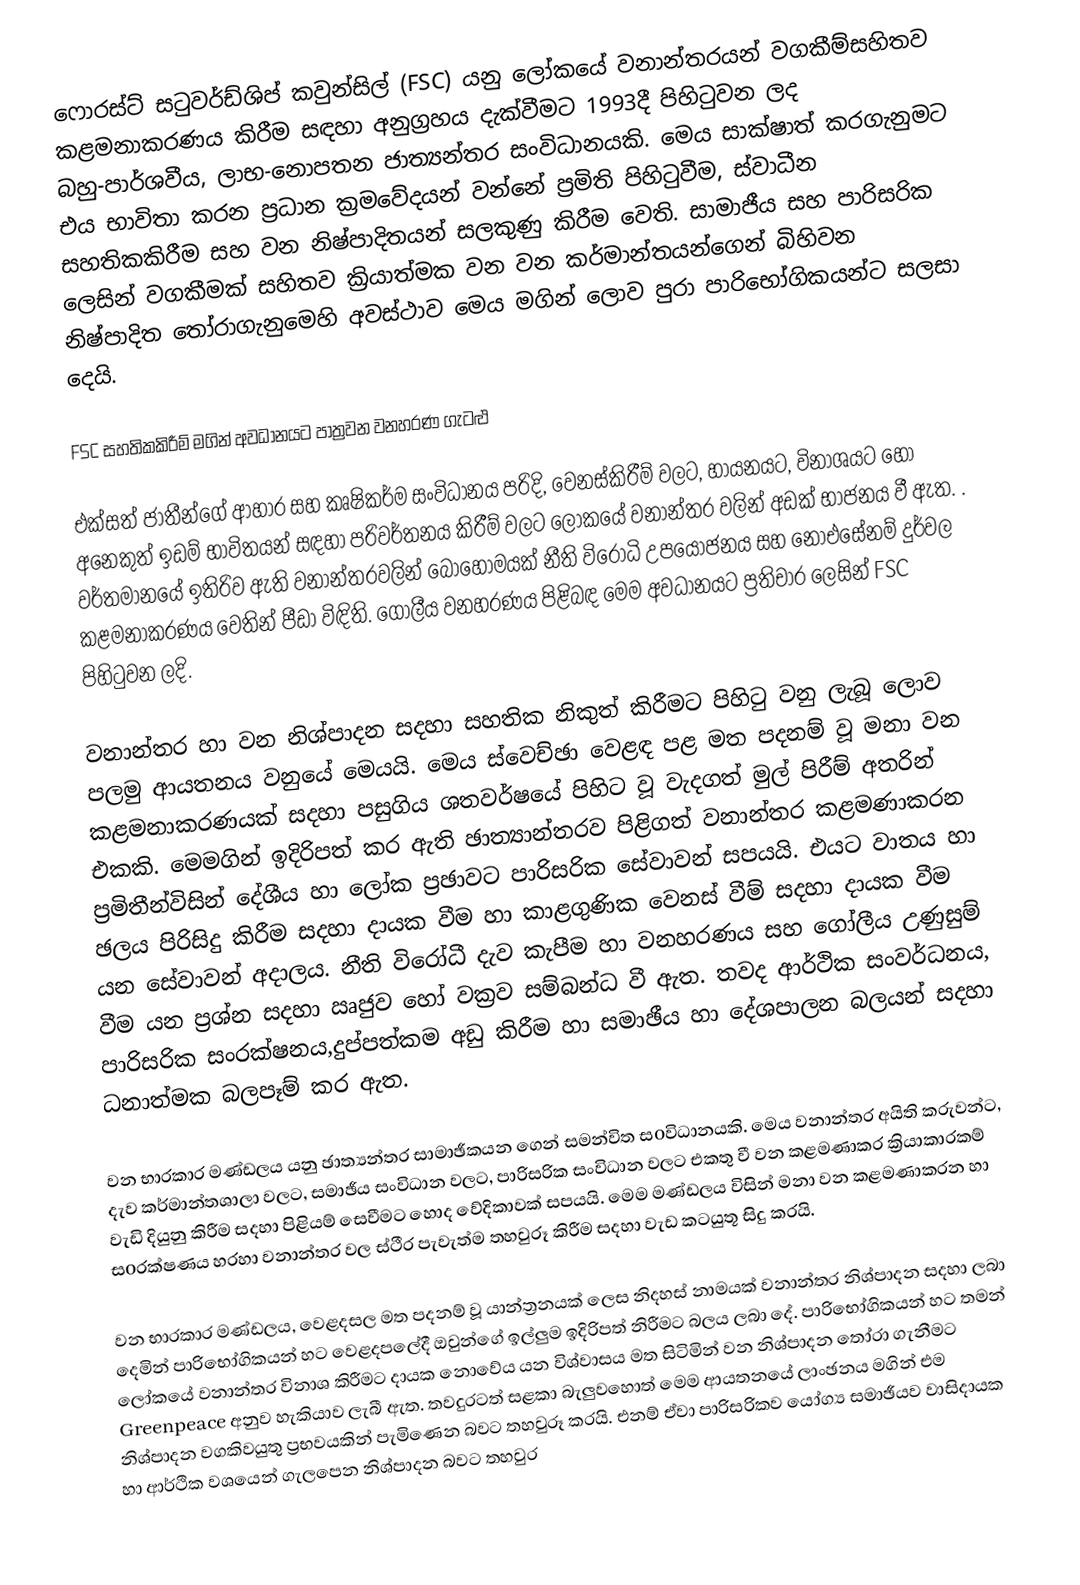
ෆොරස්ට් සටුවර්ඩ්ශිප් කවුන්සිල් (FSC) යනු ලෝකයේ වනාන්තරයන් වගකීම්සහිතව කළමනාකරණය කිරීම සඳහා අනුග්‍රහය දැක්වීමට 1993දී පිහිටුවන ලද බහු-පාර්ශවීය, ලාභ-නොපතන ජාත්‍යන්තර සංවිධානයකි. මෙය සාක්ෂාත් කරගැනුමට එය භාවිතා කරන ප්‍රධාන ක්‍රමවේදයන් වන්නේ ප්‍රමිති පිහිටුවීම, ස්වාධීන සහතිකකිරීම සහ වන නිෂ්පාදිතයන් සලකුණු කිරීම වෙති.  සාමාජීය සහ පාරිසරික ලෙසින් වගකීමක් සහිතව ක්‍රියාත්මක වන වන කර්මාන්තයන්ගෙන් බිහිවන නිෂ්පාදිත තෝරාගැනුමෙහි අවස්ථාව මෙය මගින් ලොව පුරා පාරිභෝගිකයන්ට සලසා දෙයි.

FSC සහතිකකිරීම් මගින් අවධානයට පාත්‍රවන වනහරණ ගැටළු

එක්සත් ජාතීන්ගේ ආහාර සහ කෘෂිකර්ම සංවිධානය පරිදි, වෙනස්කිරීම් වලට, හායනයට, විනාශයට හෝ අනෙකුත් ඉඩම් භාවිතයන් සඳහා පරිවර්තනය කිරීම් වලට  ලෝකයේ වනාන්තර වලින් අඩක් භාජනය වී ඇත. . වර්තමානයේ ඉතිරිව ඇති වනාන්තරවලින් බොහෝමයක් නීති විරෝධි උපයෝජනය සහ නොඑසේනම් දුර්වල කළමනාකරණය වෙතින් පීඩා විඳිති. ගෝලීය වනහරණය පිළිබඳ මෙම අවධානයට ප්‍රතිචාර ලෙසින් FSC පිහිටුවන ලදි.

වනාන්තර හා වන නිශ්පාදන සදහා සහතික නිකුත් කිරීමට පිහිටු වනු ලැබූ ලොව පලමු ආයතනය වනුයේ මෙයයි. මෙය ස්වෙච්ඡා වෙළඳ පළ මත පදනම් වූ මනා වන කළමනාකරණයක් සදහා පසුගිය ශතවර්ෂයේ පිහිට වූ වැදගත් මුල් පිරීම් අතරින් එකකි. මෙමගින් ඉදිරිපත් කර ඇති ඡාත්‍යාන්තරව පිළිගත් වනාන්තර කළමණාකරන ප්‍රමිතීන්විසින් දේශීය හා ලෝක ප්‍රඡාවට පාරිසරික සේවාවන් සපයයි. එයට වාතය හා ඡලය පිරිසිදු කිරීම සදහා දායක වීම හා කාළගුණික වෙනස් වීම් සදහා දායක වීම යන සේවාවන් අදාලය. නීති විරෝධී දැව කැපීම හා වනහරණය සහ ගෝලීය උණුසුම් වීම යන ප්‍රශ්න සදහා ඍජුව හෝ වක්‍රව සම්බන්ධ වී ඇත. තවද ආර්ථික සංවර්ධනය, පාරිසරික සංරක්ෂනය,දුප්පත්කම අඩු කිරීම හා සමාඡීය හා දේශපාලන බලයන් සදහා ධනාත්මක බලපෑම් කර ඇත.

වන භාරකාර මණ්ඩලය යනු ඡාත්‍යන්තර සාමාඡීකයන‍් ගෙන් සමන්විත සoවිධානයකි. මෙය වනාන්තර අයිති කරුවන්ට, දැව කර්මාන්තශාලා වලට, සමාඡීය සංවිධාන වල‍ට, පාරිසරික සංවිධාන වලට එකතු වී වන කළමණාකර ක්‍රියාකාරකම් වැඩි දියුනු කිරීම සදහා පිළියම් සෙවීමට හොද වේදිකාවක් සපයයි. මෙ‍ම මණ්ඩලය විසින් මනා වන කළමණාකරන හා සoරක්ෂණය හරහා වනාන්තර වල ස්ථීර පැවැත්ම තහවුර‍ෑ කිරීම සදහා වැඩ කටයුතූ සිදු කරයි.

වන භාරකාර මණ්ඩලය, වෙළදසල මත පදනම් වූ යාන්ත්‍රනයක් ලෙස නිදහස් නාමයක් වනාන්තර නිශ්පාදන සදහා ලබා දෙමින් පාරිභෝගිකයන් හට වෙළදපලෙ‍්දී ඔවුන්ගේ ඉල්ලුම ඉදිරිපත් නිරීමට බලය ලබා දේ. පාරිභෝගිකයන් හට තමන් ලෝකයේ වනාන්තර විනාශ කිරීමට දායක නොවේය යන විශ්වාසය මත සිටිමින් වන නිශ්පාදන තෝරා ගැනීමට Greenpeace අනුව හැකියාව ලැබී ඇත. තවදුරටත් සළකා බැලුවහොත් මෙ‍ම ආයතනයේ ලාංඡනය මගින් එම නිශ්පාදන වගකිවයුතු ප්‍රභවයකින් පැමිණෙන බවට තහවුරූ කරයි. එනම් ඒවා පාරිසරිකව යෝග්‍ය සමාඡීයව වාසිදායක හා ආර්ථික වශයෙන් ගැලපෙන නිශ්පාදන බවට තහවුර